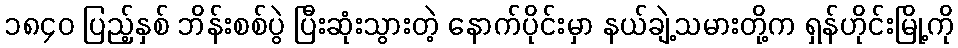
၁၈၄၀ ပြည့်နှစ် ဘိန်းစစ်ပွဲ ပြီးဆုံးသွားတဲ့ နောက်ပိုင်းမှာ နယ်ချဲ့သမားတို့က ရှန်ဟိုင်းမြို့ကို